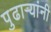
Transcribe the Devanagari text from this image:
पुढार्‍यांनी